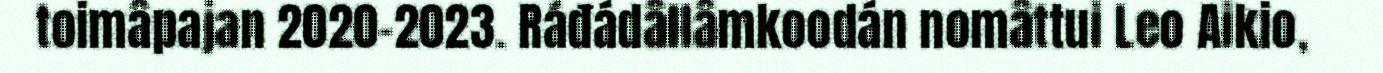
toimâpajan 2020-2023. Ráđádâllâmkoodán nomâttui Leo Aikio,